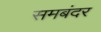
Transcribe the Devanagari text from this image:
समबंदर